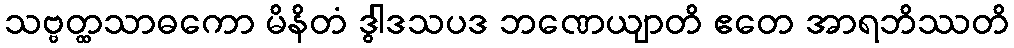
သဗ္ဗတ္ထသာဓကော မိနိတံ ဒွါဒသပဒ ဘဏေယျာတိ ဧတေ အာရဘိဿတိ